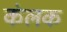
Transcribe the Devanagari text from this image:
कंलक